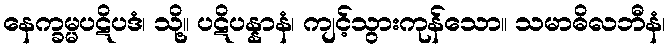
နေက္ခမ္မပဋိပဒံ၊ သို့။ ပဋိပန္နာနံ၊ ကျင့်သွားကုန်သော။ သမာဓိလဘီနံ၊